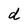
Character: d